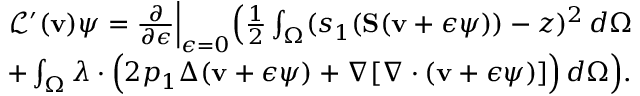
\begin{array} { r l r } & { } & { \mathcal { L } ^ { \prime } ( \mathbf { v } ) \boldsymbol { \psi } = \frac { \partial } { \partial \epsilon } \Big \rvert _ { \epsilon = 0 } \Big ( \frac { 1 } { 2 } \int _ { \Omega } ( s _ { 1 } ( \mathbf { S } ( \mathbf { v } + \epsilon \boldsymbol { \psi } ) ) - z ) ^ { 2 } \, d \Omega } \\ & { } & { + \int _ { \Omega } \boldsymbol { \lambda } \cdot \Big ( 2 p _ { 1 } \Delta ( \mathbf { v } + \epsilon \boldsymbol { \psi } ) + \nabla [ \nabla \cdot ( \mathbf { v } + \epsilon \boldsymbol { \psi } ) ] \Big ) \, d \Omega \Big ) . } \end{array}